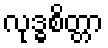
လုဒ္ဓစိတ္တာ